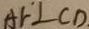
A F \bot C D